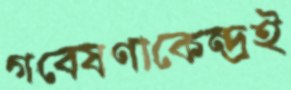
গবেষণাকেন্দ্রই